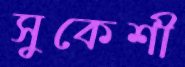
সুকেশী